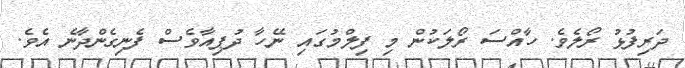
ދަރިފުޅު ރޯލެވެ. ހާއްސަ ރޯލަކުން މި ފިލްމުގައި ނޭހާ ދުޕިއާވެސް ފެނިގެންދާނެ އެވެ.